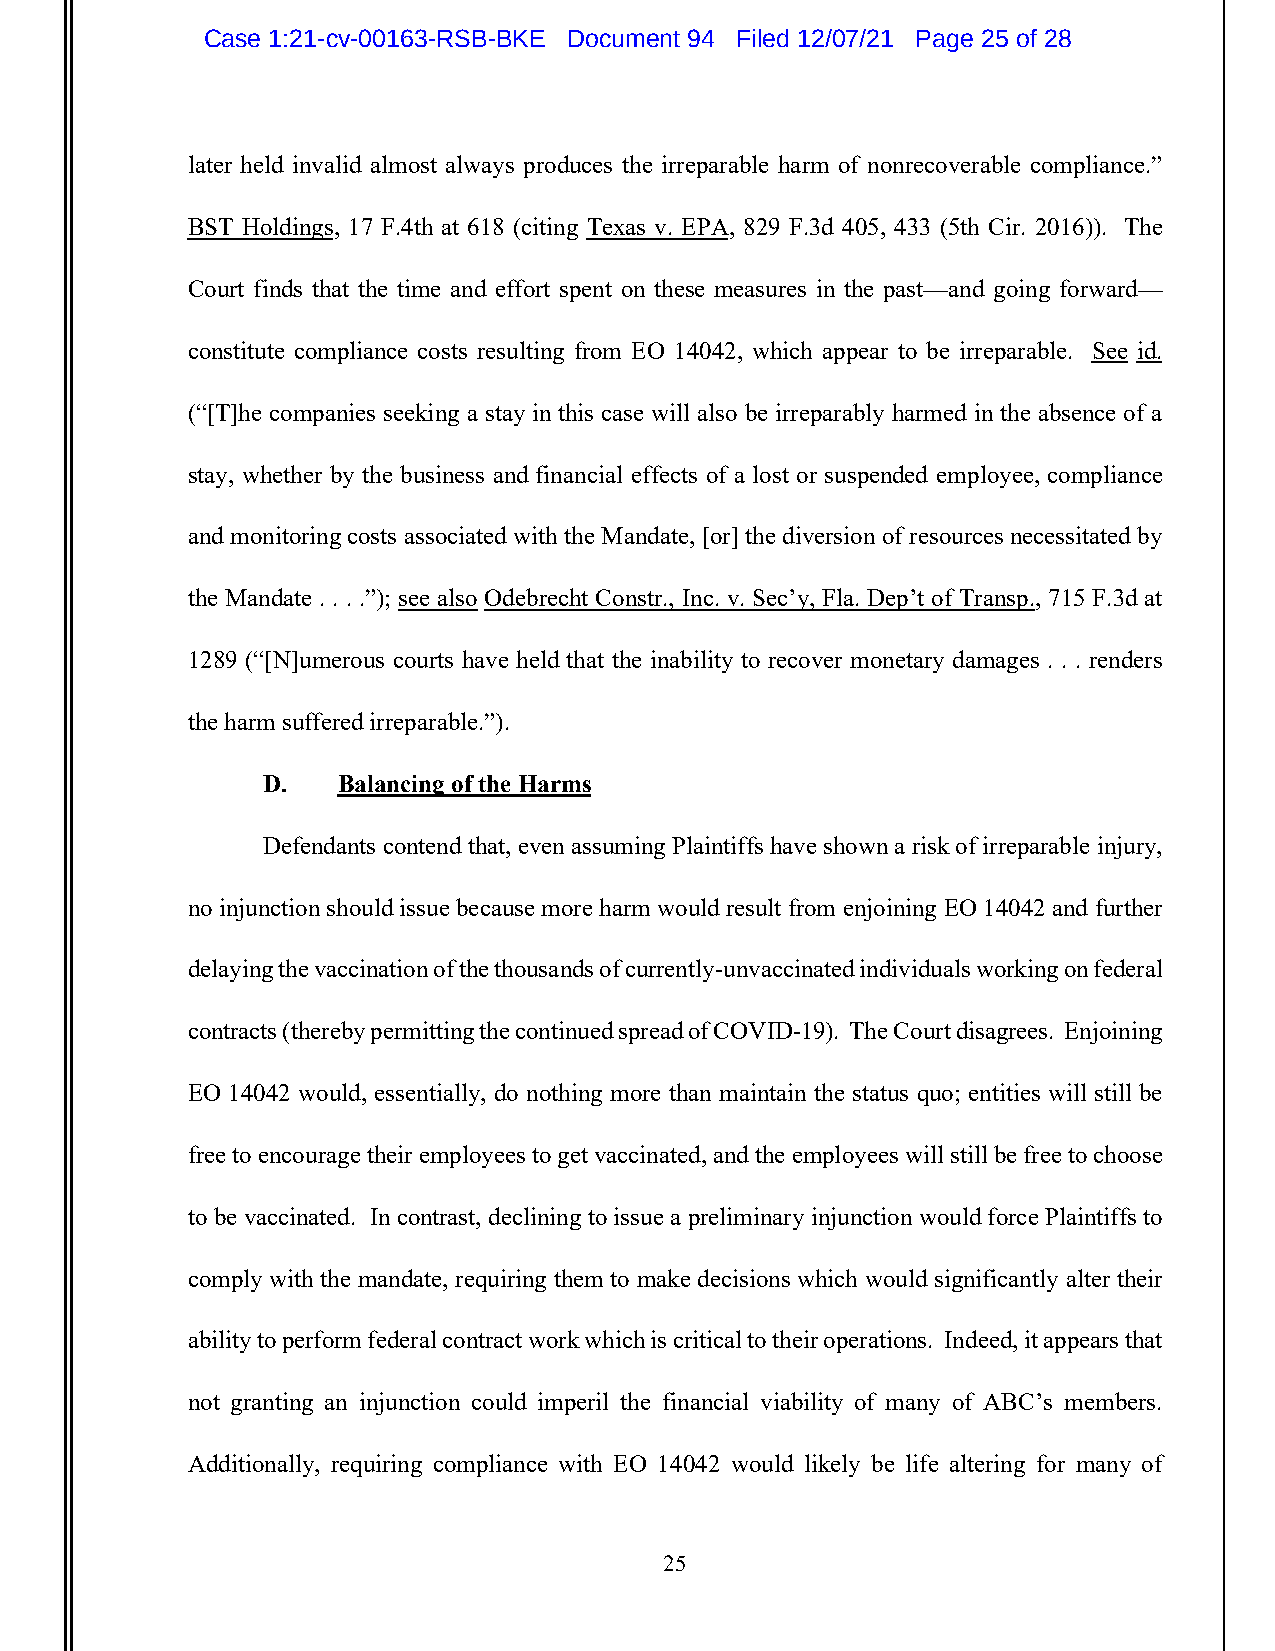
Case 1:21-cv-00163-RSB-BKE Document 94 Filed 12/07/21 Page 25 of 28
 later held invalid almost always produces the irreparable harm of nonrecoverable compliance.”
 BST Holdings, 17 F.4th at 618 (citing Texas v. EPA, 829 F.3d 405, 433 (5th Cir. 2016)). The
 Court finds that the time and effort spent on these measures in the past—and going forward—
 constitute compliance costs resulting from EO 14042, which appear to be irreparable. See id.
 (“[T]he companies seeking a stay in this case will also be irreparably harmed in the absence of a
 stay, whether by the business and financial effects of a lost or suspended employee, compliance
 and monitoring costs associated with the Mandate, [or] the diversion of resources necessitated by
 the Mandate . . . .”); see also Odebrecht Constr., Inc. v. Sec’y, Fla. Dep’t of Transp., 715 F.3d at
 1289 (“[N]umerous courts have held that the inability to recover monetary damages . . . renders
 the harm suffered irreparable.”).
 D.   Balancing of the Harms
 Defendants contend that, even assuming Plaintiffs have shown a risk of irreparable injury,
 no injunction should issue because more harm would result from enjoining EO 14042 and further
 delaying the vaccination of the thousands of currently-unvaccinated individuals working on federal
 contracts (thereby permitting the continued spread of COVID-19). The Court disagrees. Enjoining
 EO 14042 would, essentially, do nothing more than maintain the status quo; entities will still be
 free to encourage their employees to get vaccinated, and the employees will still be free to choose
 to be vaccinated. In contrast, declining to issue a preliminary injunction would force Plaintiffs to
 comply with the mandate, requiring them to make decisions which would significantly alter their
 ability to perform federal contract work which is critical to their operations. Indeed, it appears that
 not granting an injunction could imperil the financial viability of many of ABC’s members.
 Additionally, requiring compliance with EO 14042 would likely be life altering for many of
 25